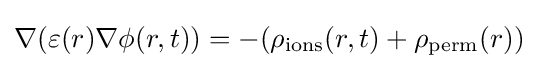
\nabla (\varepsilon (r)\nabla \phi (r,t))=-(\rho _{\text{ions}}(r,t)+\rho _{\text{perm}}(r))